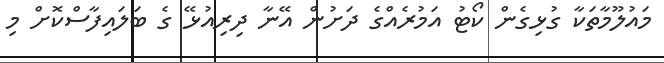
މައުލޫމާތަކާ ގުޅިގެން ކޯޓު އަމުރެއްގެ ދަށުން އޭނާ ދިރިއުޅޭ ގެ ބަލައިފާސްކޮށް މި